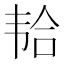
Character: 𱂆